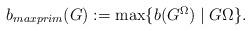
LaTeX: \begin{align*} \mbox{ $b_{maxprim}(G):=\max\{b(G^\Omega) \mid G \Omega\}$.}\end{align*}